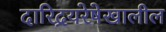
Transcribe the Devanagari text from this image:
दारिद्रयरेषेखालील